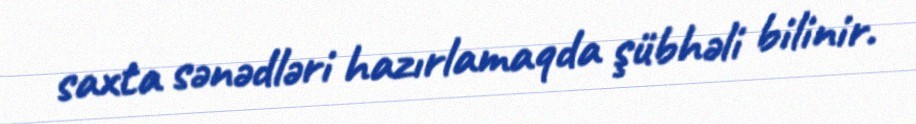
saxta sənədləri hazırlamaqda şübhəli bilinir.